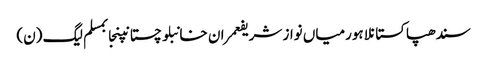
سندھپاکستانلاہورمیاں نواز شریفعمران خانبلوچستانپنجابمسلم لیگ (ن)